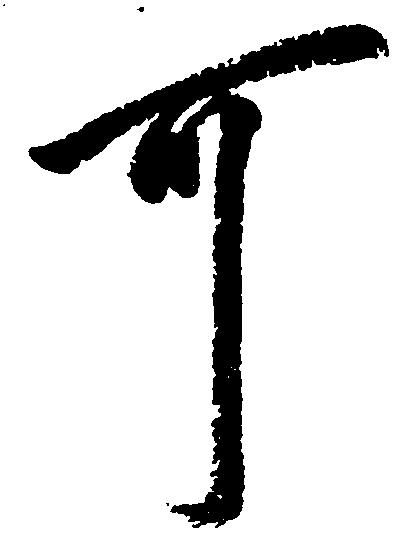
可